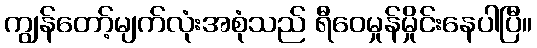
ကျွန်တော့်မျက်လုံးအစုံသည် ရီဝေမှုန်မှိုင်းနေပါပြီ။